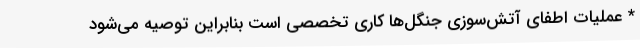
* عملیات اطفای آتش‌سوزی جنگل‌ها کاری تخصصی است بنابراین توصیه می‌شود